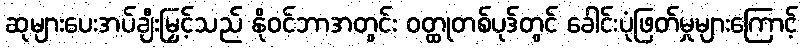
ဆုများပေးအပ်ချီးမြှင့်သည် နိုဝင်ဘာအတွင်း ဝတ္ထုတစ်ပုဒ်တွင် ခေါင်းပုံဖြတ်မှုများကြောင့်